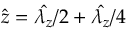
\hat { z } = \hat { \lambda _ { z } } / 2 + \hat { \lambda _ { z } } / 4